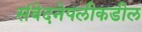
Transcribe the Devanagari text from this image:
संवेदनेपलीकडील